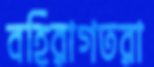
বহিরাগতরা